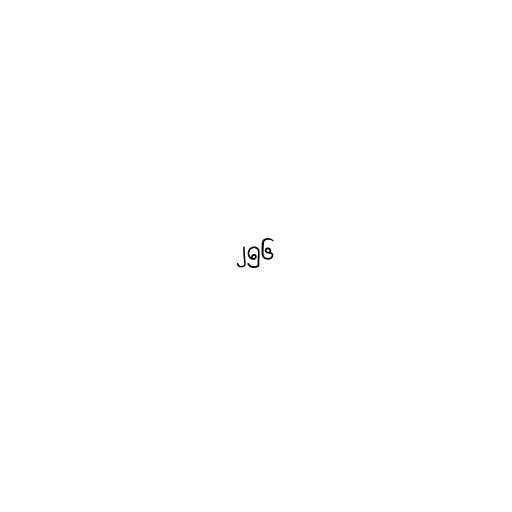
၂၅၆